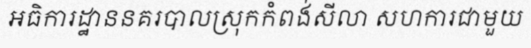
អធិការដ្ឋាននគរបាលស្រុកកំពង់សីលា សហការជាមួយ